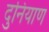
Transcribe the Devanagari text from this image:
दुनियाण